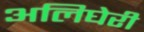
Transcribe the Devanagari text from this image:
अलिघेरी